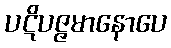
ပဋိပဇ္ဇမာနောပေ